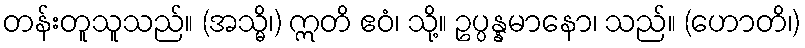
တန်းတူသူသည်။ (အသ္မိ၊) ဣတိ ဧဝံ၊ သို့။ ဥပ္ပန္နမာနော၊ သည်။ (ဟောတိ၊)